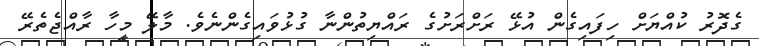
ގެދޮރު ކުއްޔަށް ހިފައިގެން އުޅޭ ރަށްރަށުގެ ރައްޔިތުންނާ ގުޅުވައިގެންނެވެ. މާލޭ މީހާ ރާއްޖެތެރޭ